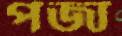
পজা